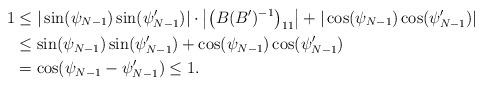
LaTeX: \begin{align*}1&\leq |\sin(\psi_{N-1})\sin(\psi_{N-1}')|\cdot\left|\left(B(B')^{-1}\right)_{11}\right|+|\cos(\psi_{N-1})\cos(\psi_{N-1}')|\\&\leq \sin(\psi_{N-1})\sin(\psi_{N-1}')+\cos(\psi_{N-1})\cos(\psi_{N-1}')\\&=\cos(\psi_{N-1}-\psi_{N-1}')\leq 1.\end{align*}